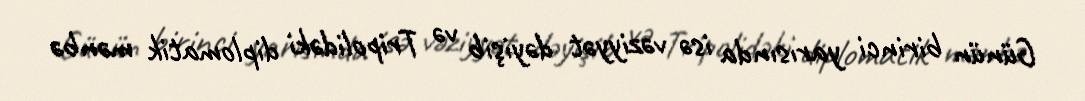
Günün birinci yarısında isə vəziyyət dəyişib və Tripolidəki diplomatik mənbə